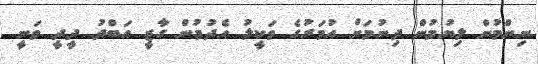
ނިންމުން ލިޔުމުން ދިނުމަށް އުމަރުގެ ވަކީލު އެދުމުން ގާޒީ އަބްދު ދީދީ ވަނީ